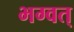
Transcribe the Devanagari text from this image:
भग्वत्